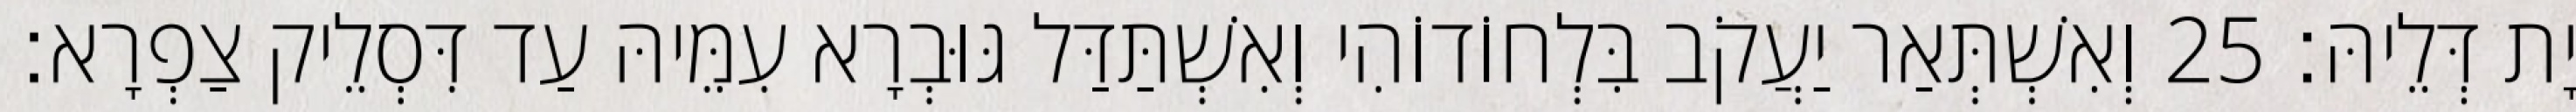
יָת דְּלֵיהּ׃ 25 וְאִשְׁתְּאַר יַעֲקֹב בִּלְחוֹדוֹהִי וְאִשְׁתַּדַּל גּוּבְרָא עִמֵּיהּ עַד דִּסְלֵיק צַפְרָא׃